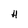
Character: H